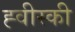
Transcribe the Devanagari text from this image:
ह्वीस्की